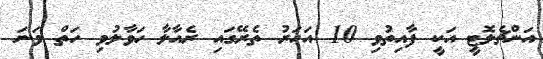
އަންޗެލޮޓީ އަކީ ފާއިތުވި 10 އަހަރު ތެރޭގައި ރެއާލާ ހަވާލުވި ހަތް ވަނަ